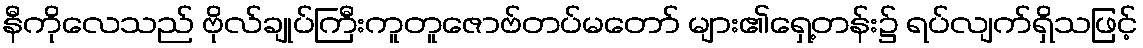
နီကိုလေသည် ဗိုလ်ချုပ်ကြီးကူတူဇောဗ်တပ်မတော် များ၏ရှေ့တန်း၌ ရပ်လျက်ရှိသဖြင့်